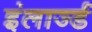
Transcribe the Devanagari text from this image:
इंलार्ज्ड